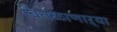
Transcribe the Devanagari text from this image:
वितळाणाऱ्या